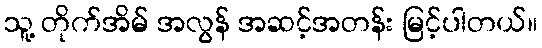
သူ့ တိုက်အိမ် အလွန် အဆင့်အတန်း မြင့်ပါတယ်။